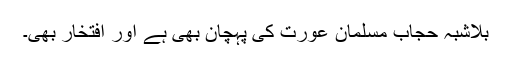
بلاشبہ حجاب مسلمان عورت کی پہچان بھی ہے اور افتخار بھی۔